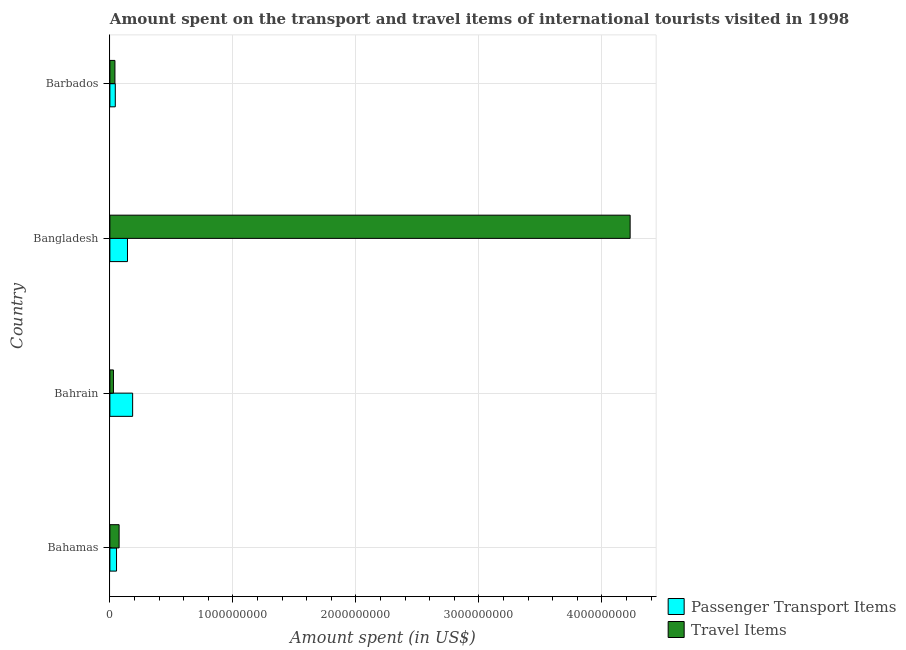
| Country | Passenger Transport Items | Travel Items |
 | --- | --- | --- |
 | Bahamas | 5.4e+07 | 7.5e+07 |
 | Bahrain | 1.85e+08 | 2.9e+07 |
 | Bangladesh | 1.43e+08 | 4.23e+09 |
 | Barbados | 4.4e+07 | 4.1e+07 |